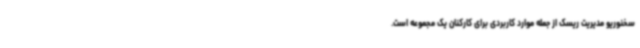
سخنوریو مدیریت ریسک از جمله موارد کاربردی برای کارکنان یک مجموعه است.